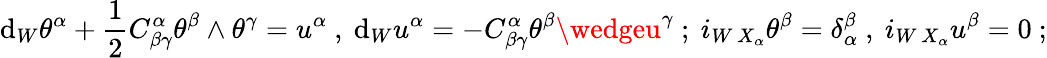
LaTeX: \mathrm{d}_{W}\theta^{\alpha}+{\frac{{1}}{{2}}}C_{\beta\gamma}^{\alpha}\theta^{\beta}\wedge\theta^{\gamma}=u^{\alpha}\ ,\ {}\mathrm{d}_{W}u^{\alpha}=-C_{\beta\gamma}^{\alpha}\theta^{\beta}\wedgeu^{\gamma}\ ;\ {}i_{W\, X_{\alpha}}\theta^{\beta}=\delta_{\alpha}^{\beta}\ ,\ {}i_{W\, X_{\alpha}}u^{\beta}=0\ ;